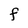
Character: f